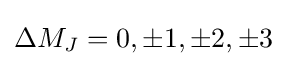
\Delta M_{J}=0,\pm 1,\pm 2,\pm 3